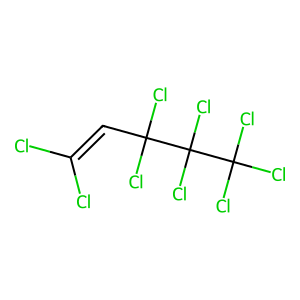
SMILES: ClC(Cl)=CC(Cl)(Cl)C(Cl)(Cl)C(Cl)(Cl)Cl
Inhibits HIV replication: No